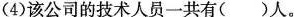
(4)该公司的技术人员一共有( )人。